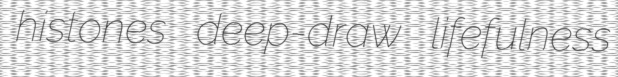
histones deep-draw lifefulness